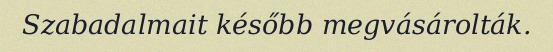
Szabadalmait később megvásárolták.